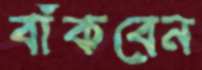
বাঁকবেন